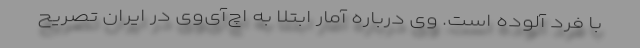
با فرد آلوده است. وی درباره آمار ابتلا به اچ‌‌آی‌‌وی در ایران تصریح